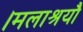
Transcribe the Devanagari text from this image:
।मलाश्रयौ